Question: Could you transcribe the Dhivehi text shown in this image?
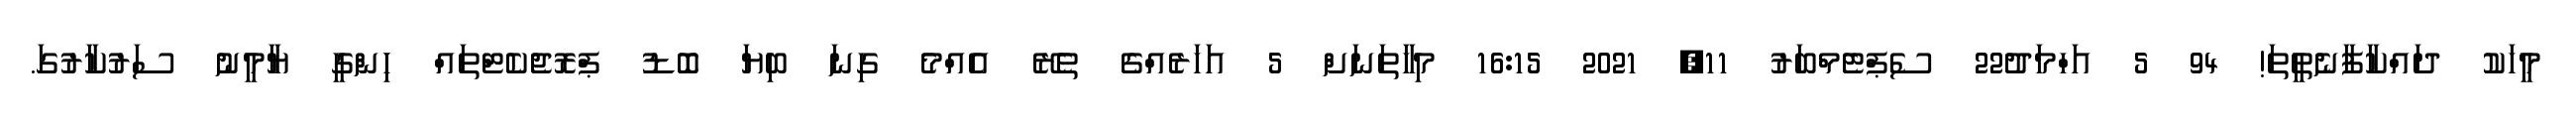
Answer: މީހަކު ދައްކާފާނެތީތަ! 94 5 އަހްމަދު22 ސެޕްޓެމްބަރު 11, 2021 16:15 މިހާތަނަށް 5 އަހަރެއްގެ ތެރޭ އެއްމެ ގިނަ ބިޔަ ބޮޑު ޕްރޮޖެކެޓްތައް ހިންގީ ޔާމީނު ސަރުކާރުގަ.